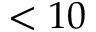
< 1 0